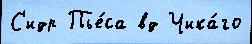
С'идр Пье́са вд Чика́го